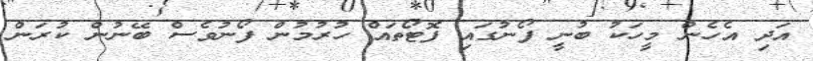
އަދި އެހެން މީހަކު ބުނީ ފޯނުގައި ފޮޓޯތައް ހުރުމުން ފޯނުވެސް ބޭނުން ކުރަން